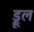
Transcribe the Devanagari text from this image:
ड्रूल